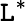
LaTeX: \mathtt{L}^{*}